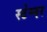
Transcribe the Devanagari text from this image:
स्टेग्नर